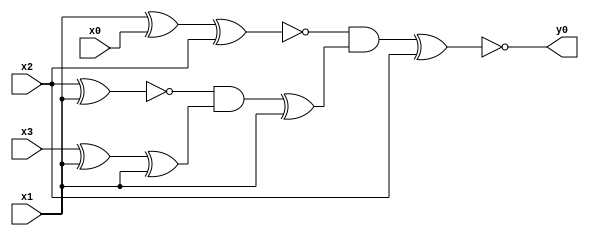
module top( x0 , x1 , x2 , x3 , y0 );
  input x0 , x1 , x2 , x3 ;
  output y0 ;
  wire n5 , n6 , n7 , n8 , n9 , n10 , n11 , n12 , n13 ;
  assign n5 = x1 ^ x0 ;
  assign n6 = n5 ^ x2 ;
  assign n7 = x2 ^ x1 ;
  assign n8 = x3 ^ x1 ;
  assign n9 = n8 ^ x1 ;
  assign n10 = ~n7 & n9 ;
  assign n11 = n10 ^ x1 ;
  assign n12 = ~n6 & n11 ;
  assign n13 = n12 ^ x2 ;
  assign y0 = ~n13 ;
endmodule